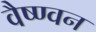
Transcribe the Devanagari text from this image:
वैष्ण्वन